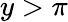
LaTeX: y>\pi